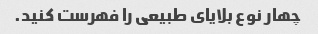
چهار نوع بلایای طبیعی را فهرست کنید.